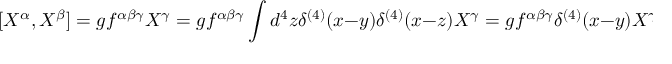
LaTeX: [ X ^ { \alpha } , X ^ { \beta } ] = g f ^ { \alpha \beta \gamma } X ^ { \gamma } = g f ^ { \alpha \beta \gamma } \int d ^ { 4 } z \delta ^ { ( 4 ) } ( x - y ) \delta ^ { ( 4 ) } ( x - z ) X ^ { \gamma } = g f ^ { \alpha \beta \gamma } \delta ^ { ( 4 ) } ( x - y ) X ^ { \gamma }